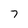
Character: 7